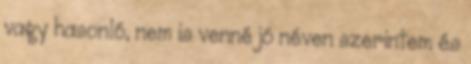
vagy hasonló, nem is venné jó néven szerintem és